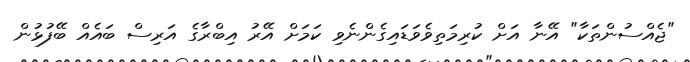
"ޖެއްސުންތަކާ" އޭނާ އަށް ކުރިމަތިވެވަޑައިގެންނެވި ކަމަށް އޭރު އިބްރާގެ އަރިސް ބައެއް ބޭފުޅުން